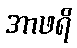
အာဖရိ